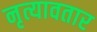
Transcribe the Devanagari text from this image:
नृत्यावतार